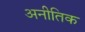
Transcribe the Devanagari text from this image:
अनीतिक